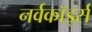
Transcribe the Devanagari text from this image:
नर्वकॉर्ड्स